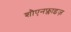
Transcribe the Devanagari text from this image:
शौएनफ्लाइज़